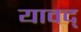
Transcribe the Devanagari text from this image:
यावद्